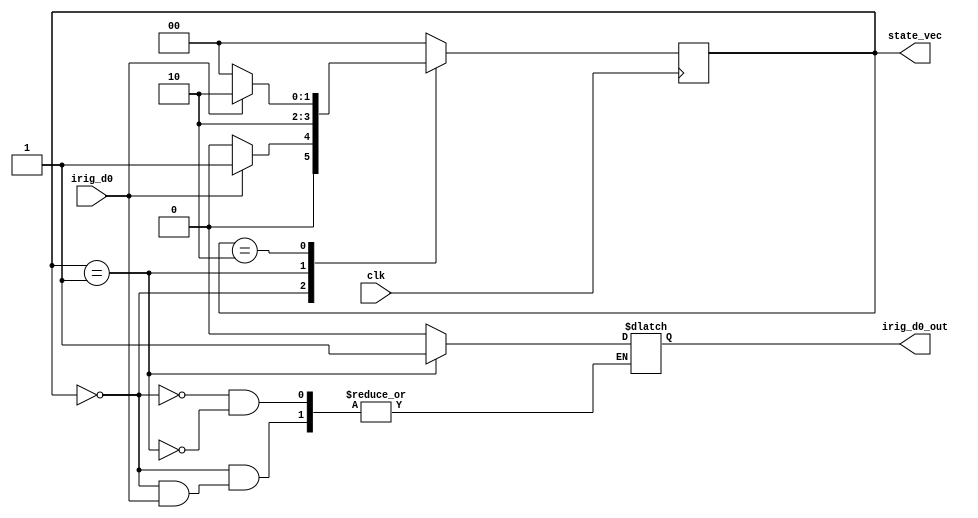
`timescale 1ns / 1ps
//////////////////////////////////////////////////////////////////////////////////
// Company: 
// Engineer: 
// 
// Design Name: 
// Module Name: single_clk_fsm
// Project Name: 
// Target Devices: 
// Tool Versions: 
// Description: 
// 
// Dependencies: 
// 
// Revision:
// Revision 0.01 - File Created
// Additional Comments:
// 
//////////////////////////////////////////////////////////////////////////////////


module single_clk_fsm(
    input irig_d0,
    input clk,
    output reg irig_d0_out,
    output [1:0] state_vec
    );
    
    localparam [1:0] S0 = 2'b00,
                     S1 = 2'b01,
                     S2 = 2'b10;
                     
    reg [1:0] state_reg,state_next;
    
    always@(posedge clk)
    begin 
      state_reg <= state_next;
    end
    
    always@(*)
    begin
       case(state_reg)
            S0: if(irig_d0)
                begin
                   state_next = S1;
                end
                else
                begin
                   state_next = S0;
                   irig_d0_out = 1'b0;
                end
             S1:begin 
                irig_d0_out = 1'b1;
                state_next = S2;
                 end
             S2:if(irig_d0)
                begin
                 state_next = S2;
                end
                else
                begin
                  state_next = S0;
                end 
              default: state_next = S0;        
       endcase
    end
    
    assign state_vec = state_reg;
endmodule